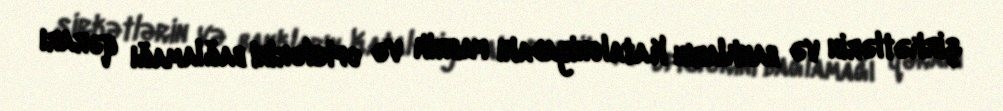
şirkətlərin və bankların Kataloniyadakı fabrik və ofislərini bağlamağı qərarı